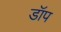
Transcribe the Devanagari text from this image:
डॉप